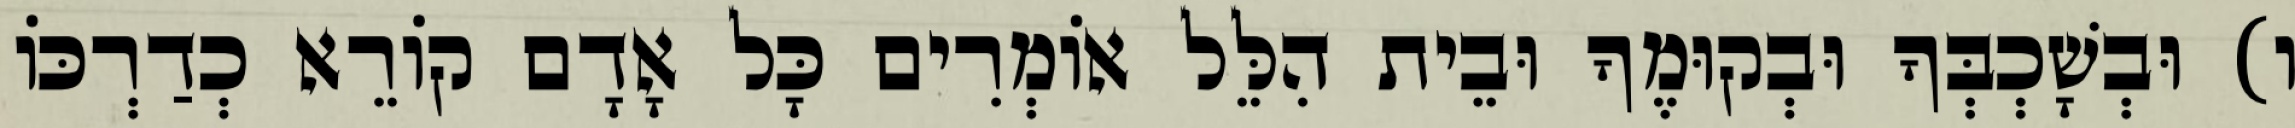
ו) וּבְשָׁכְבְּךָ וּבְקוּמֶךָ וּבֵית הִלֵּל אוֹמְרִים כָּל אָדָם קוֹרֵא כְדַרְכּוֹ